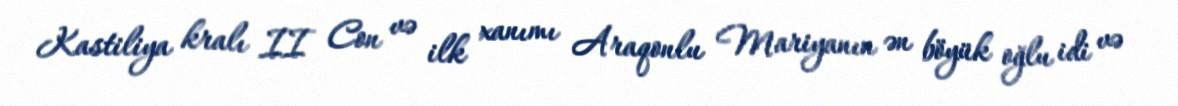
Kastiliya kralı II Con və ilk xanımı Araqonlu Mariyanın ən böyük oğlu idi və